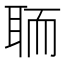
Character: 聏